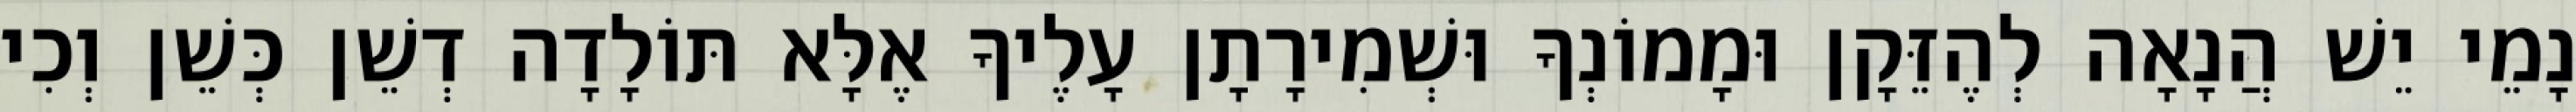
נָמֵי יֵשׁ הֲנָאָה לְהֶזֵּקָן וּמָמוֹנְךָ וּשְׁמִירָתָן עָלֶיךָ אֶלָּא תּוֹלָדָה דְשֵׁן כְּשֵׁן וְכִי